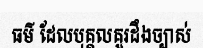
ធម៌ ដែលបុគ្គលគួរដឹងច្បាស់